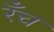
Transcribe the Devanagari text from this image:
रँच